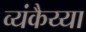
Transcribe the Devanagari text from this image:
व्यंकैय्या